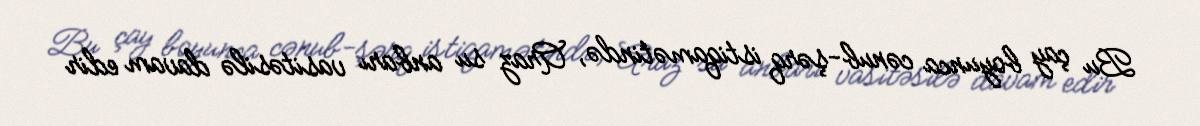
Bu çay boyunca cənub-şərq istiqamətində, Araz su anbarı vasitəsilə davam edir